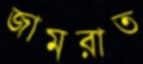
জামরাত